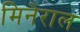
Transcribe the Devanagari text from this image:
मिनेराल